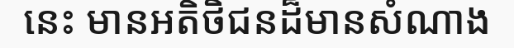
នេះ មានអតិថិជនដ៏មានសំណាង